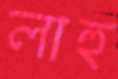
লাহু